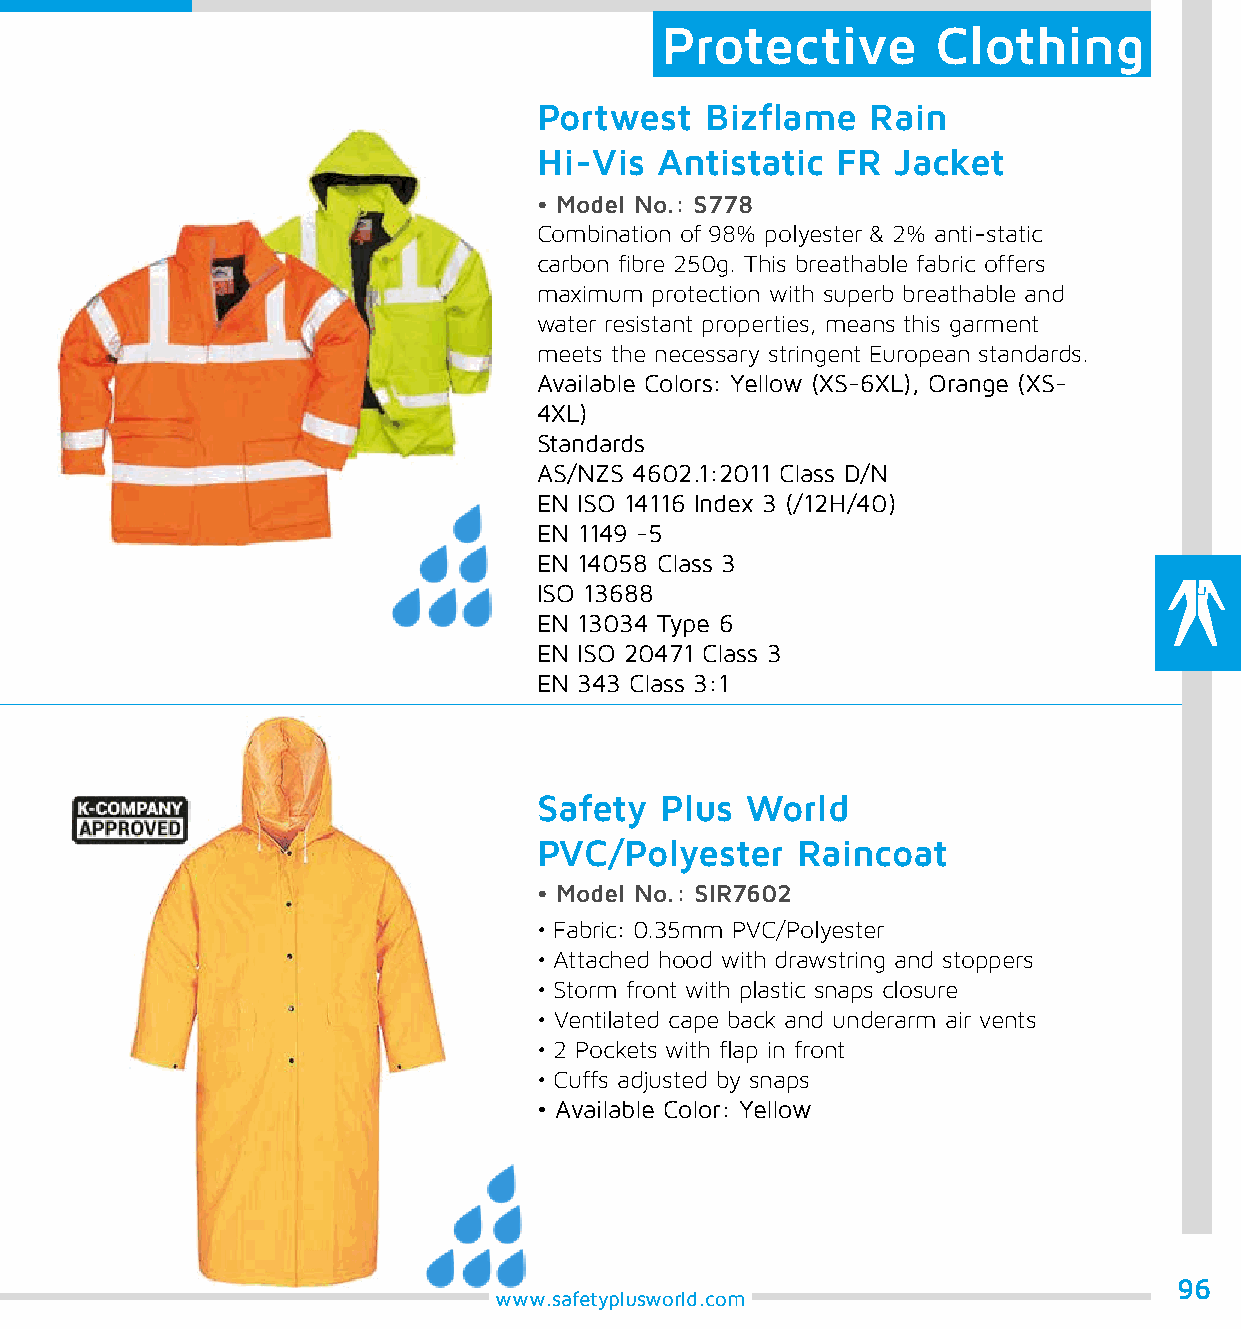
Protective        Clothing
 Portwest   Bizflame   Rain
 Hi-Vis Antistatic  FR  Jacket
 • Model No.: S778
 Combination of 98% polyester & 2% anti-static
 carbon fibre 250g. This breathable fabric offers
 maximum protection with superb breathable and
 water resistant properties, means this garment
 meets the necessary stringent European standards.
 Available Colors: Yellow (XS-6XL), Orange (XS-
 4XL)
 Standards
 AS/NZS 4602.1:2011 Class D/N
 EN ISO 14116 Index 3 (/12H/40)
 EN 1149 -5
 EN 14058 Class 3
 ISO 13688
 EN 13034 Type 6
 EN ISO 20471 Class 3
 EN 343 Class 3:1
 Safety  Plus World
 PVC/Polyester    Raincoat
 • Model No.: SIR7602
 • Fabric: 0.35mm PVC/Polyester
 • Attached hood with drawstring and stoppers
 • Storm front with plastic snaps closure
 • Ventilated cape back and underarm air vents
 • 2 Pockets with flap in front
 • Cuffs adjusted by snaps
 • Available Color: Yellow
 96
 www.safetyplusworld.com